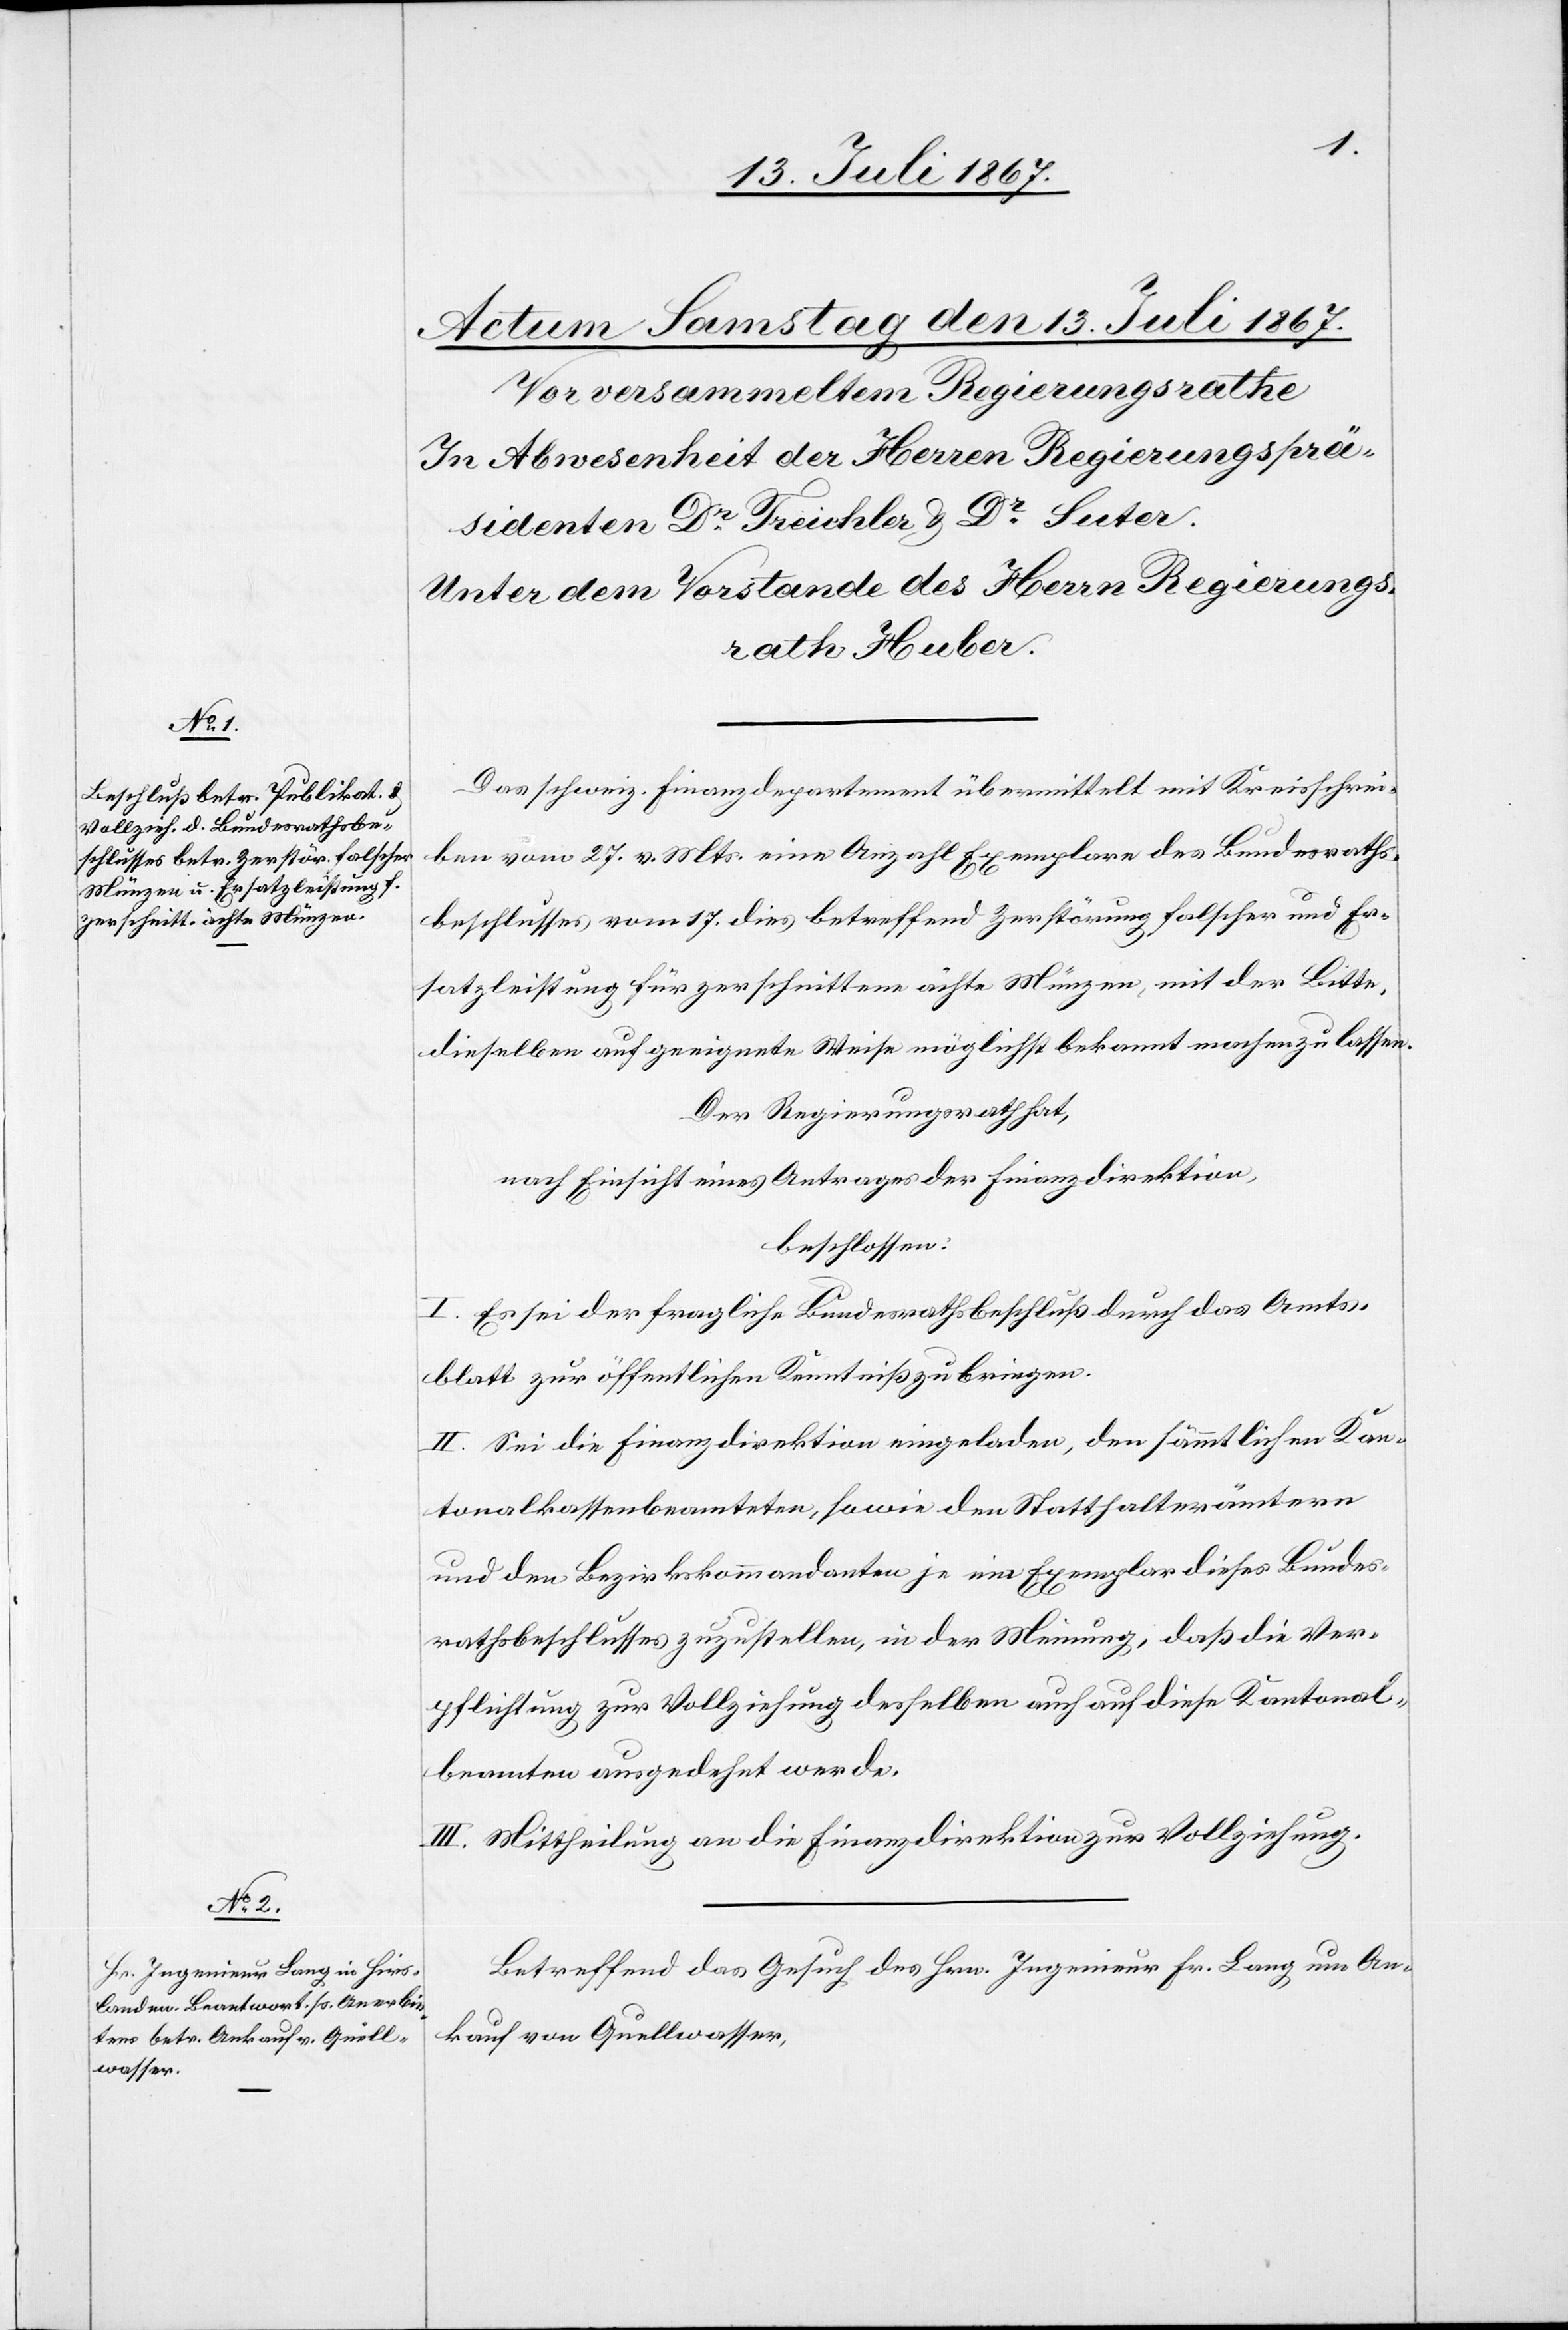
Das schweiz. Finanzdepartement übermittelt mit Kreisschrei¬
ben vom 27. v. Mts. eine Anzahl Exemplare des Bundesraths¬
beschlusses vom 17. dies betreffend Zerstörung falscher und Er¬
satzleistung für zerschnittene ächte Münzen, mit der Bitte,
dieselben auf geeignete Weise möglichst bekannt machen zu lassen.
Der Regierungsrath hat,
nach Einsicht eines Antrages der Finanzdirektion,
beschlossen:
I. Es sei der fragliche Bundesrathsbeschluß durch das Amts¬
blatt zur öffentlichen Kenntniß zu bringen.
II. Sei die Finanzdirektion eingeladen, den sämmtlichen Kan¬
tonalkassenbeamteten, sowie den Statthalterämtern
und den Bezirkskommandanten je ein Exemplar dieses Bundes¬
rathsbeschlusses zuzustellen, in der Meinung, daß die Ver¬
pflichtung zur Vollziehung desselben auch auf diese Kantonal¬
beamten ausgedehnt werde.
II. Mittheilung an die Finanzdirektion zur Vollziehung.
Betreffend das Gesuch des Hrn. Ingenieur Hr. Lang um An¬
kauf von Quellwasser,